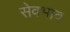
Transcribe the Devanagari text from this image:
सेवभाव